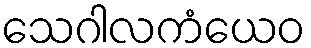
သေဂါလကံယေဝ